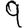
Digit: 9